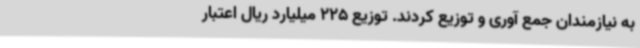
به نیازمندان جمع آوری و توزیع کردند. توزیع 225 میلیارد ریال اعتبار